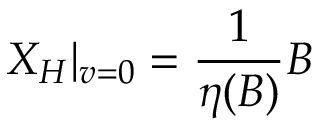
X _ { H } | _ { v = 0 } = \frac { 1 } { \eta ( B ) } B